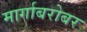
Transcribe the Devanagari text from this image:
मार्गाबरोबर